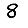
Digit: 8